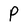
Character: P